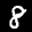
Label: 8